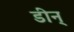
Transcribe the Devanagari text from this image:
डीन्